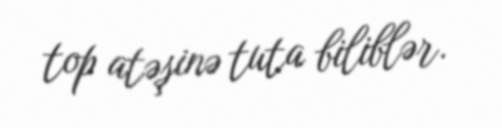
top atəşinə tuta biliblər.